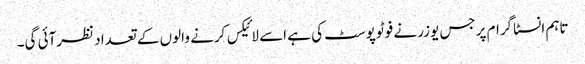
تاہم انسٹاگرام پرجس یوزر نے فوٹوپوسٹ کی ہے اسے لائیکس کرنے والوں کے تعداد نظرآئی گی۔